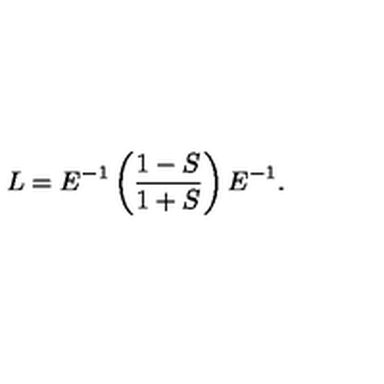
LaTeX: L = E ^ { - 1 } \left( \frac { 1 - S } { 1 + S } \right) E ^ { - 1 } .